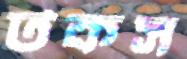
টকস